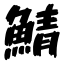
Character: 鯖